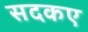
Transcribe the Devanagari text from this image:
सदकए